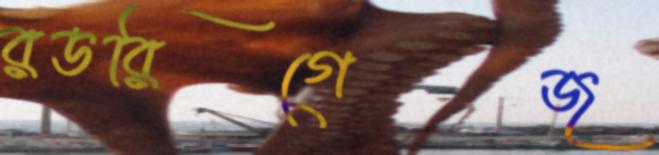
রডরিগেজ